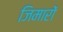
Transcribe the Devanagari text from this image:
जिमारों